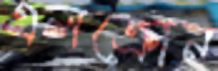
এলক্রোন